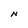
Character: N